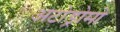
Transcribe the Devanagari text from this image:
अटोड्रोमो